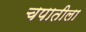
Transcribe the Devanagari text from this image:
चपातीला